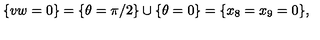
\{ v w = 0 \} = \{ \theta = \pi / 2 \} \cup \{ \theta = 0 \} = \{ x _ { 8 } = x _ { 9 } = 0 \} ,